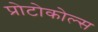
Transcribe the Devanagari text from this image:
प्रोटोकोल्स